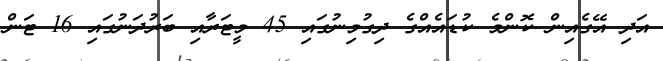
އަދި އޭގެއިން ކޮންމެ ކުޑައެއްގެ ދިގުމިނުގައި 45 މީޓަރާއި ބަރުދަނުގައި 16 ޓަން